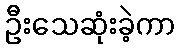
ဦးသေဆုံးခဲ့ကာ